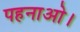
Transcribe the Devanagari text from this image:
पहनाओ।